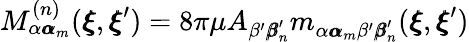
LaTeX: M_{\alpha{\pmb\alpha}_{m}}^{(n)}({\pmb\xi},{\pmb\xi}^{\prime})=8\pi\mu A_{\beta^{\prime}{\pmb\beta}_{n}^{\prime}}m_{\alpha{\pmb\alpha}_{m}\beta^{\prime}{\pmb\beta}_{n}^{\prime}}({\pmb\xi},{\pmb\xi}^{\prime})